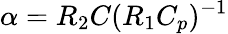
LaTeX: \alpha={R_{2}C}({R_{1}C_{p}})^{-1}